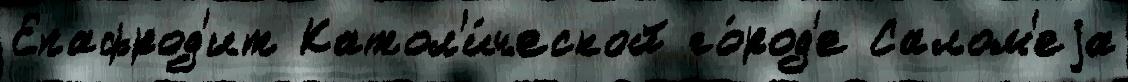
Епафрод'ит Катол'и́ческой го́род'е Салом'еjа